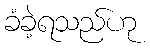
ခံခဲ့ရသည်ဟု